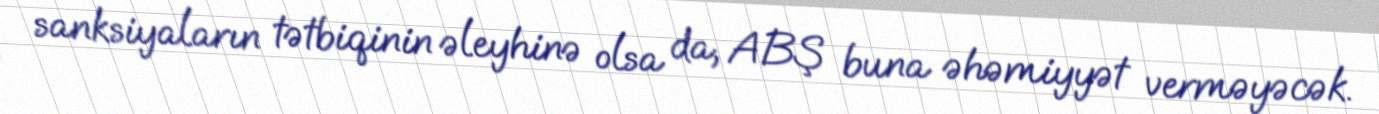
sanksiyaların tətbiqinin əleyhinə olsa da, ABŞ buna əhəmiyyət verməyəcək.